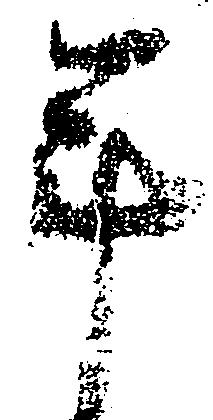
年